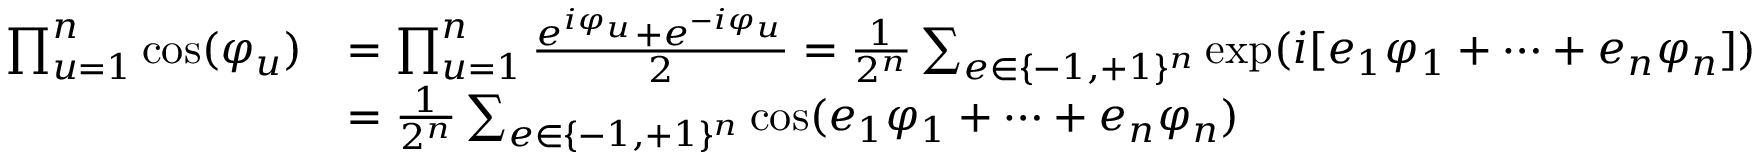
\begin{array} { r l } { \prod _ { u = 1 } ^ { n } \cos ( \varphi _ { u } ) } & { = \prod _ { u = 1 } ^ { n } \frac { e ^ { i \varphi _ { u } } + e ^ { - i \varphi _ { u } } } { 2 } = \frac { 1 } { 2 ^ { n } } \sum _ { e \in \{ - 1 , + 1 \} ^ { n } } \exp ( i [ e _ { 1 } \varphi _ { 1 } + \dots + e _ { n } \varphi _ { n } ] ) } \\ & { = \frac { 1 } { 2 ^ { n } } \sum _ { e \in \{ - 1 , + 1 \} ^ { n } } \cos ( e _ { 1 } \varphi _ { 1 } + \dots + e _ { n } \varphi _ { n } ) } \end{array}